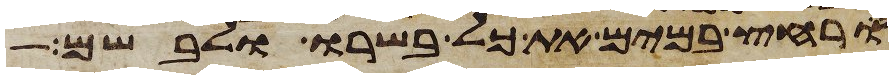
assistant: ורחץ במים את כל בשרו ולבשם